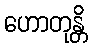
ဟောတုန္တိ